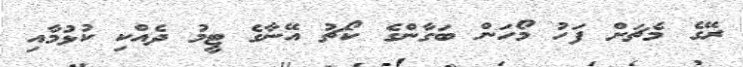
ރޭގެ މެޗަށް ފަހު މޯހަން ބަގާންގެ ކޯޗު އޭނާގެ ޓީމު ދެއްކި ކުޅުމާއި